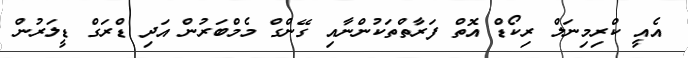
އެއީ ކްރިމިނަލް ރިކޯޑް އޮތް ފަރާތްތަކުންނާއި ގޭންގް މެމްބަރުން އަދި ޑްރަގް ޑީލަރުން